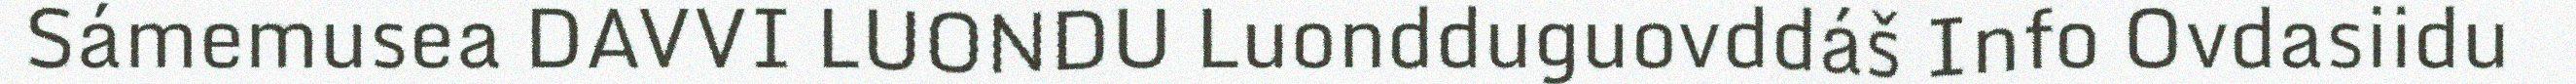
Sámemusea DAVVI LUONDU Luondduguovddáš Info Ovdasiidu